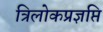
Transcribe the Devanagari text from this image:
त्रिलोकप्रज्ञप्ति